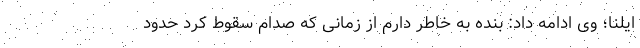
ایلنا؛ وی ادامه داد: بنده به خاطر دارم از زمانی که صدام سقوط کرد حدود